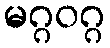
မဂ္ဂဝဂ္ဂ